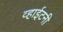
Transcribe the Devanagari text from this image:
व्हाईटनी